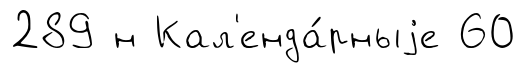
289 н Кал'енда́рныjе 60